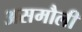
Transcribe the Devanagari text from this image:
असमौली